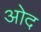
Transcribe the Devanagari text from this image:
ओद